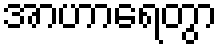
အာဟာရေတွာ